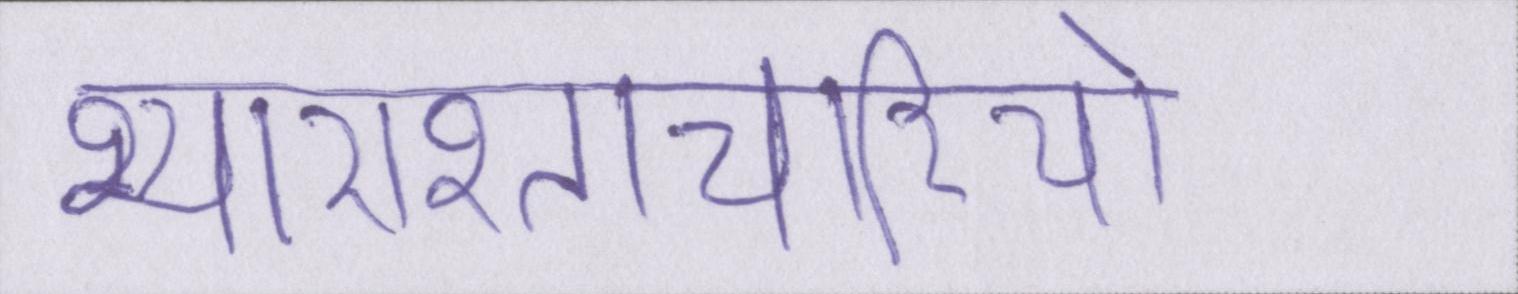
भ्याराश्ताचारियो